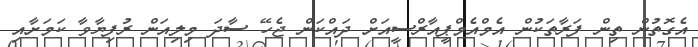
އެގޮތުން ތިން ފަރާތަކުން އެމްއެމްޕީއާރްސީއަށް ދައްކަން ޖެހޭ ސާދަ މިލިއަން ރުފިޔާވާ ކަމަށާއި